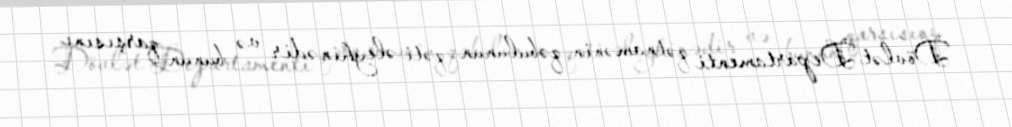
Dövlət Departamenti qətnamənin qəbulunun qəti əleyhinədir və bunun qarşısını